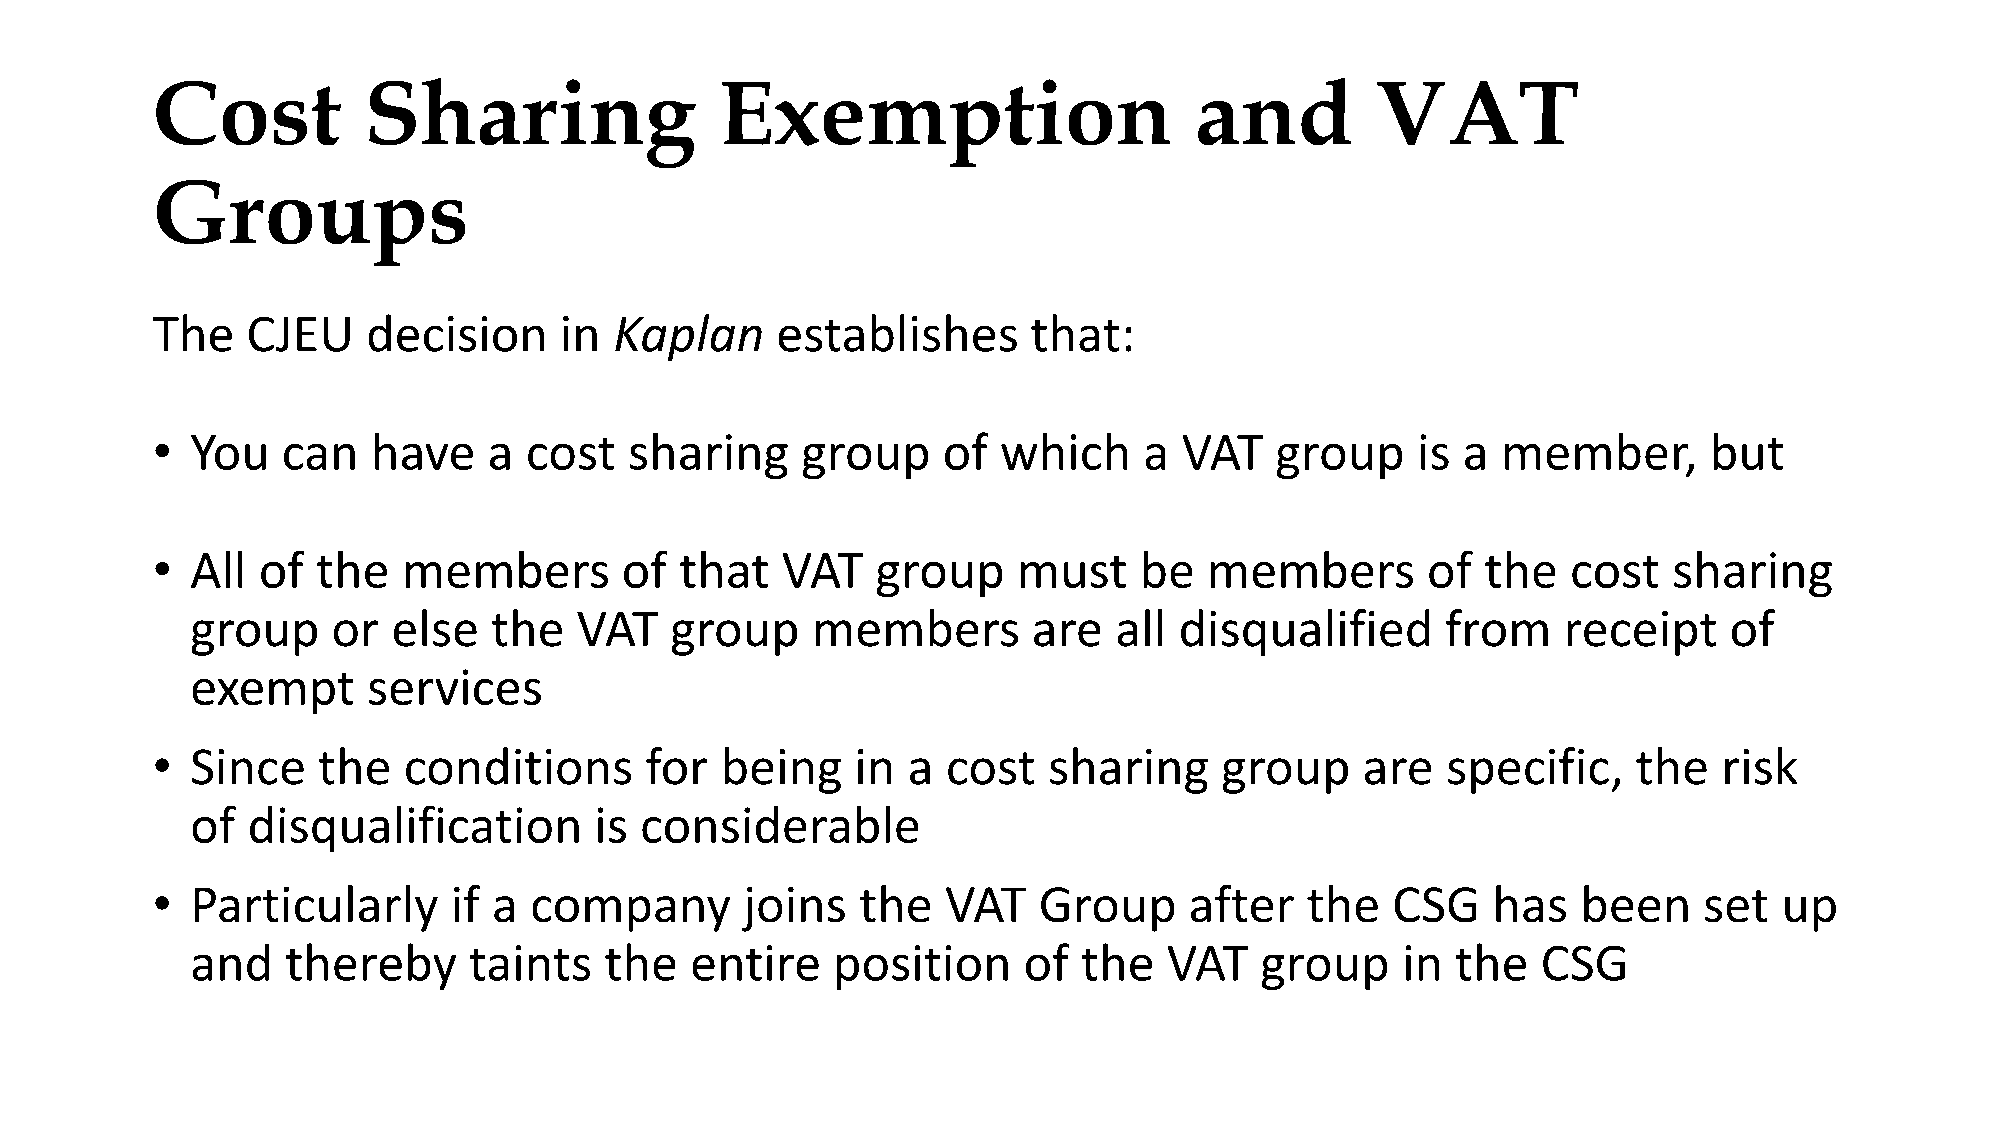
Cost          Sharing                 Exemption                      and         VAT
 Groups
 The   CJEU    decision     in  Kaplan    establishes      that:
 •  You   can   have   a  cost   sharing    group    of  which     a VAT   group     is a member,       but
 •  All of  the   members       of  that   VAT   group    must    be   members       of  the   cost   sharing
 group    or  else  the   VAT   group     members       are   all disqualified      from   receipt    of
 exempt     services
 •  Since   the   conditions      for  being    in a  cost  sharing     group    are   specific,   the   risk
 of disqualification       is considerable
 •  Particularly     if a company       joins   the   VAT   Group     after  the   CSG    has   been    set  up
 and   thereby     taints   the   entire   position     of  the  VAT   group     in the   CSG